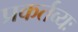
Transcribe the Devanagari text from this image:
प्रकर्तव्यः